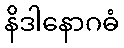
နိဒါနောဂဓံ